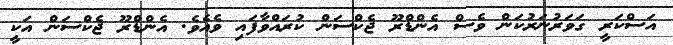
އަސްކަރީ ގަވަރުނަރުކަން ވެސް އެންޑްރޫ ޖެކްސަން ކުރައްވާފައި ވެއެވެ. އެންޑްރޫ ޖެކްސަން އަކީ